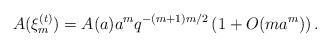
LaTeX: \begin{align*}A(\xi_{m}^{(t)})=A(a)a^{m}q^{-(m+1)m/2}\left(1+O(ma^{m})\right).\end{align*}